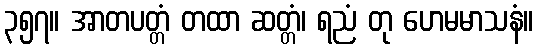
၃၅၇။ အာတပတ္တံ တထာ ဆတ္တံ၊ ရညံ တု ဟေမမာသနံ။